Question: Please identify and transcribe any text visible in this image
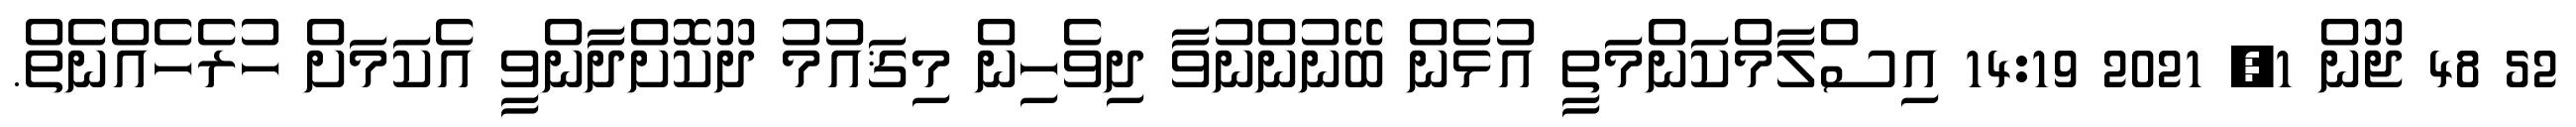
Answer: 52 48 ޖޫން 1, 2021 14:19 އިސްލާމްކަންމަތީ އުޅެން ބޭނުންނުވާ ދިވެހިން މިޤައުމު ދޫކޮށްދާންވީ އެކަމަށް ހުރެހެއްނެތް.